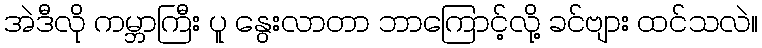
အဲဒီလို ကမ္ဘာကြီး ပူ နွေးလာတာ ဘာကြောင့်လို့ ခင်ဗျား ထင်သလဲ။